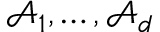
\mathcal { A } _ { 1 } , \ldots , \mathcal { A } _ { d }